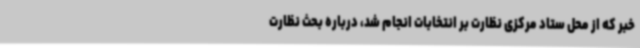
خبر که از محل ستاد مرکزی نظارت بر انتخابات انجام شد، درباره بحث نظارت